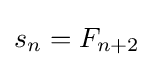
s_{n}=F_{n+2}